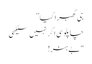
جی گھبرا گیا”
چاپلوسی اگر نہیں سیکھی
"بے ہنر!